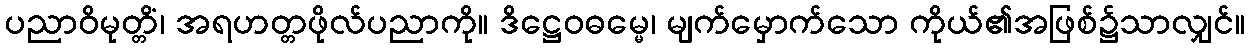
ပညာဝိမုတ္တိံ၊ အရဟတ္တဖိုလ်ပညာကို။ ဒိဋ္ဌေဝဓမ္မေ၊ မျက်မှောက်သော ကိုယ်၏အဖြစ်၌သာလျှင်။